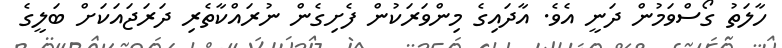
ހާލަތު ގޯސްވަމުން ދަނީ އެވެ. އާދައިގެ މިންވަރަކުން ފެށިގެން ނުރައްކާތެރި ދަރަޖައަކަށް ބަލީގެ